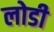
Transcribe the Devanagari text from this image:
लोडी